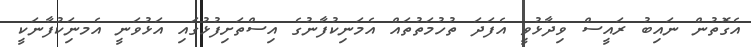
އެގޮތުން ނައިބު ރައީސް ވިދާޅުވީ އެފަދަ ތުހުމަތުތައް އެމަނިކުފާނުގެ އިސްތަށިފުޅުގައި އަޅުވަނީ އެމނަިކުފާނަކީ